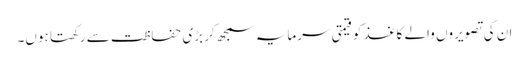
ان کی تصویروں والے کاغذ کو قیمتی سرمایہ سمجھ کر بڑی حفاظت سے رکھتا ہوں۔